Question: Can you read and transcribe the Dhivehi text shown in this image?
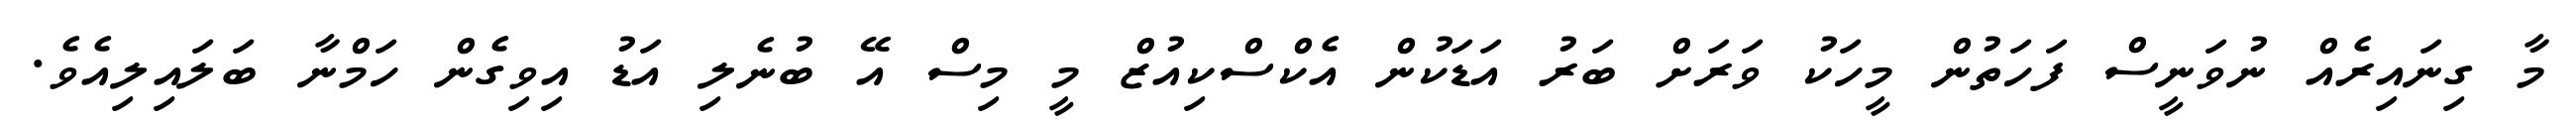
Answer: މާ ގިނައިރެއް ނުވަނީސް ފަހަތުން މީހަކު ވަރަށް ބަރު އަޑަކުން އެކްސްކިއުޒް މީ މިސް އޭ ބުނެލި އަޑު އިވިގެން ހަމްނާ ބަލައިލިއެވެ.